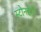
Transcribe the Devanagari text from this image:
स्टोनहेंगे